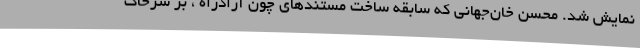
نمایش شد. محسن خان‌جهانی که سابقه ساخت مستندهای چون آزادراه ، بر سرخاک